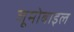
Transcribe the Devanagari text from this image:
जूमोबाइल